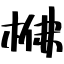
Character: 梻